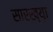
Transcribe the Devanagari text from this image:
सारख्य़ा